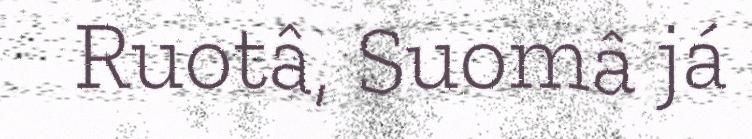
Ruotâ, Suomâ já